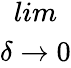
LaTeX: \begin{array}{c}{{lim}}\\ {{\delta\rightarrow 0}}\end{array}